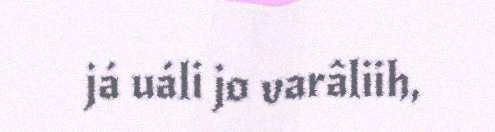
já uáli jo varâliih,